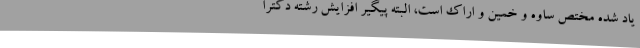
یاد شده مختص ساوه و خمین و اراک است، البته پیگیر افزایش رشته دکترا